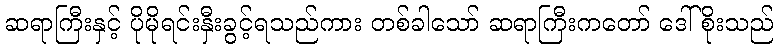
ဆရာကြီးနှင့် ပိုမိုရင်းနှီးခွင့်ရသည်ကား တစ်ခါသော် ဆရာကြီးကတော် ဒေါ်စိုးသည်